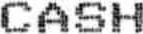
CASH